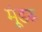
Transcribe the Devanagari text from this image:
मूंडरू